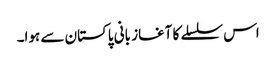
اس سلسلے کا آغاز بانی پاکستان سے ہوا۔